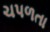
ચપળતા